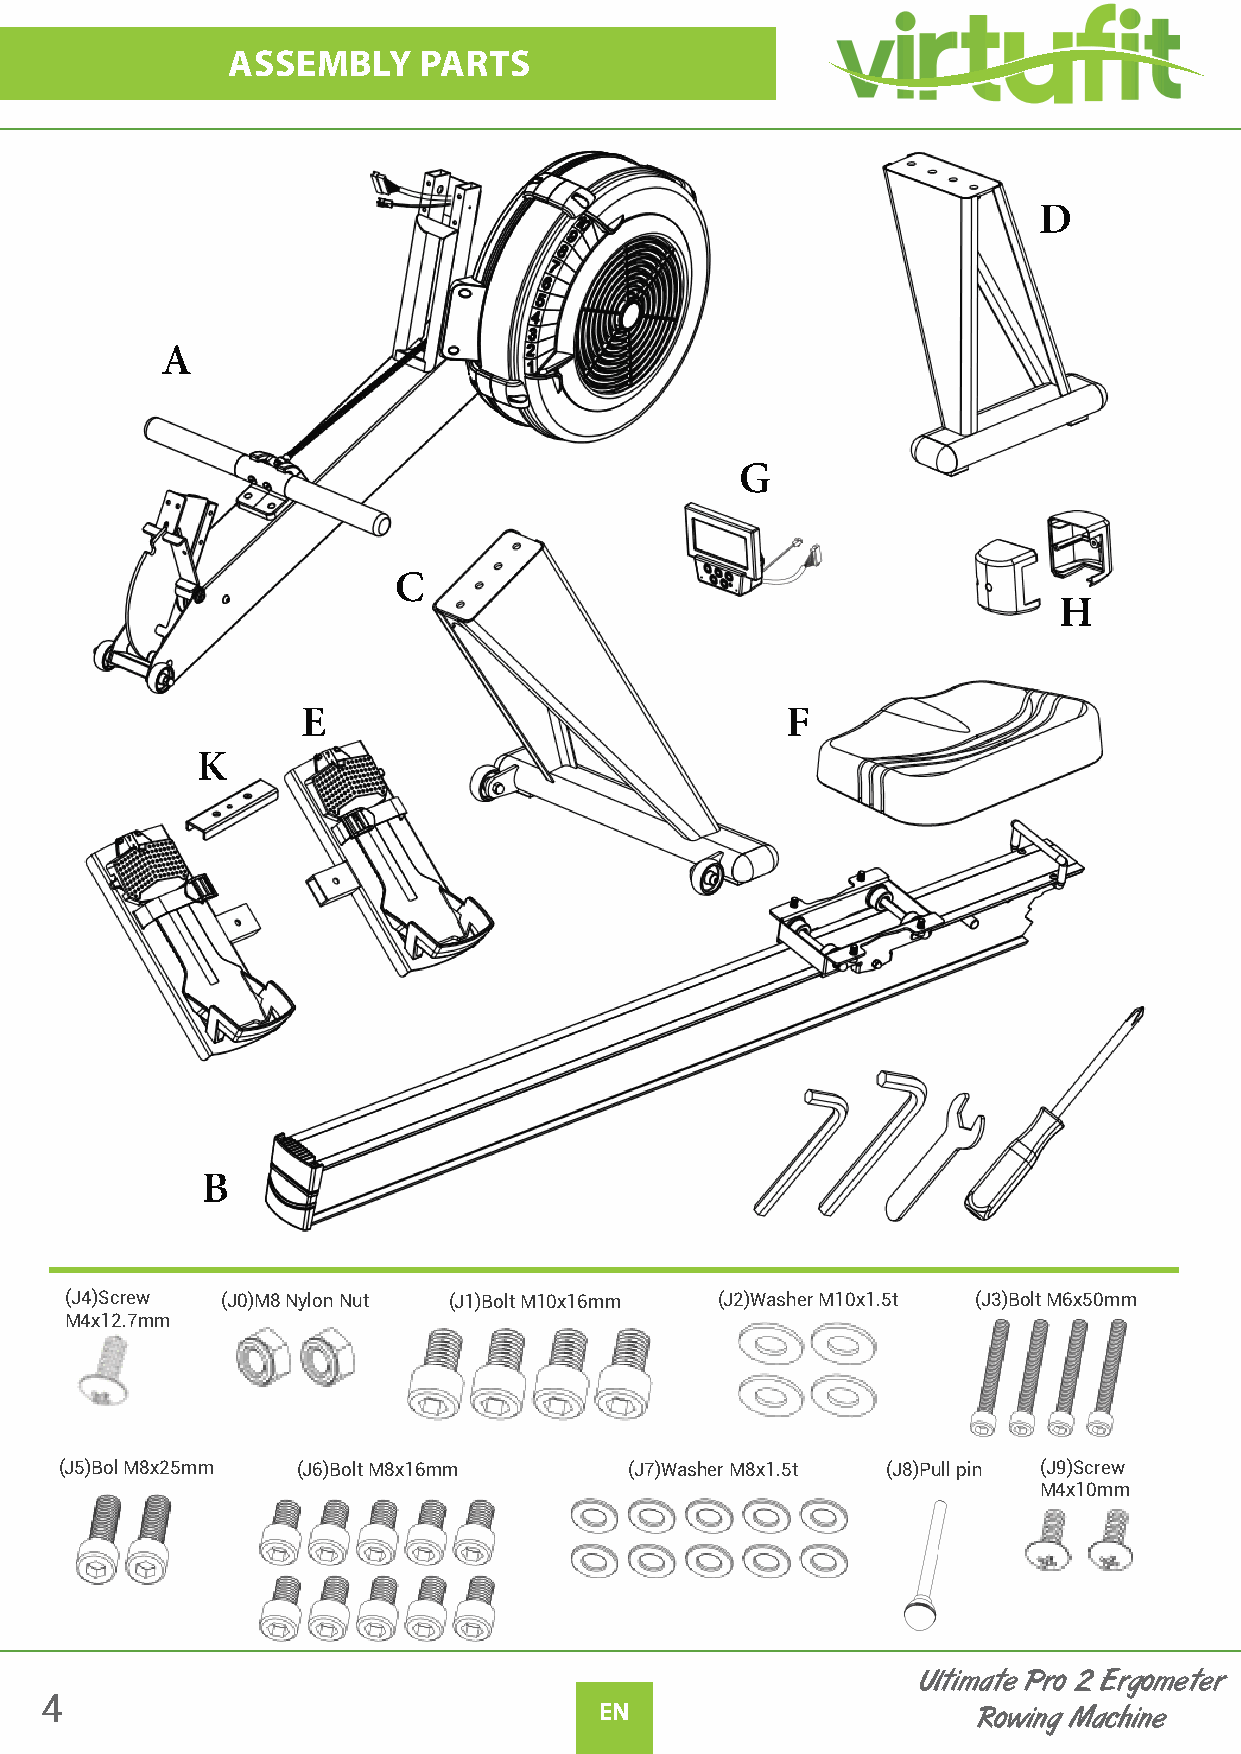
ASSEMBLY     PARTS
 D
 A
 G
 C
 H
 E                               F
 K
 B
 (J4)Screw  (J0)M8 Nylon Nut (J1)Bolt M10x16mm (J2)Washer M10x1.5t (J3)Bolt M6x50mm
 M4x12.7mm
 (J5)Bol M8x25mm (J6)Bolt M8x16mm      (J7)Washer M8x1.5t (J8)Pull pin (J9)Screw
 M4x10mm
 Ultimate Pro 2 Ergometer
 4
 EN                       Rowing Machine